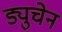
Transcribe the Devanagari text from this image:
ड्युचेन